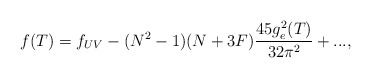
\begin{align*} f(T) = f_{UV} - (N^2 - 1)(N+3F)\frac{45g_{e}^{2}(T)}{32 \pi^2}+ ...,\end{align*}